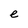
Character: e